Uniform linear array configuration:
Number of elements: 24
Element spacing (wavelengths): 0.5
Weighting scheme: binomial
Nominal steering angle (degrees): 0
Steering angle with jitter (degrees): -1.844
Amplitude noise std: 0.05
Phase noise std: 0.05

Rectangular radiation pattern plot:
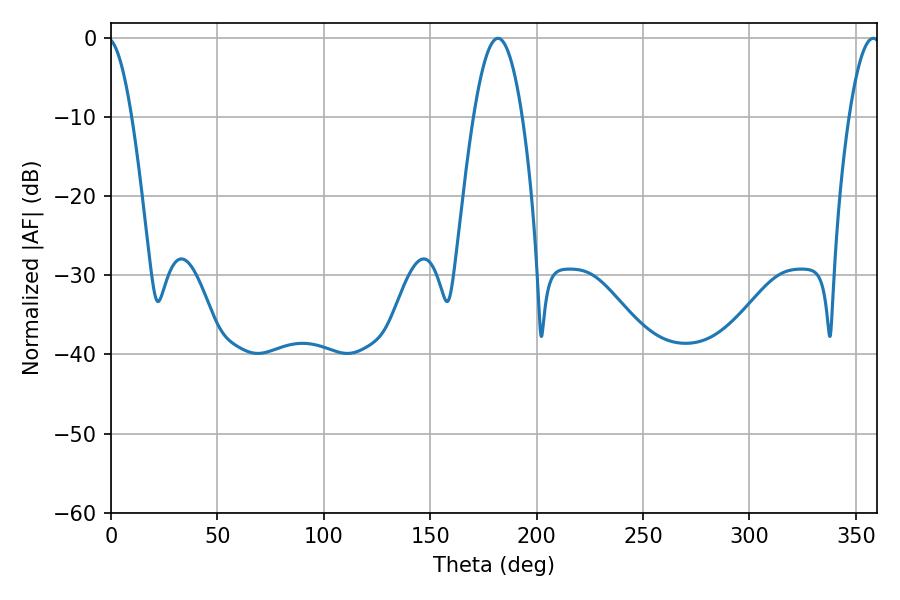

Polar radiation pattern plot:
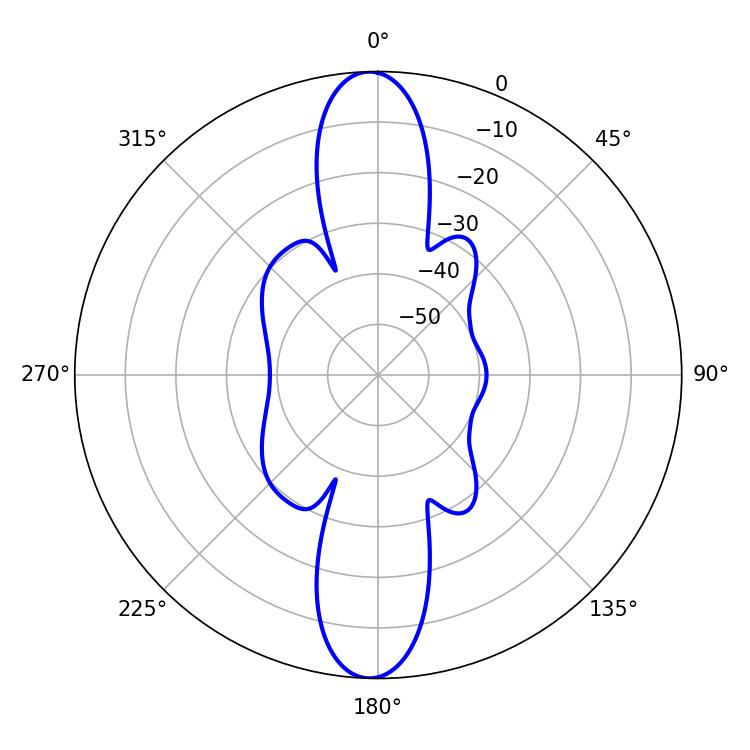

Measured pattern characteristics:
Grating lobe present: FALSE
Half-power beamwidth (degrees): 8.1
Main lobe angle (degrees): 358.2